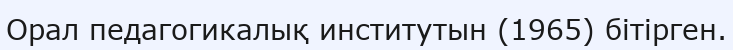
Орал педагогикалық институтын (1965) бітірген.